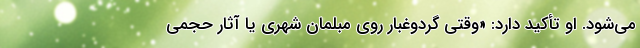
می‌شود. او تأکید دارد: «وقتی گردوغبار روی مبلمان شهری یا آثار حجمی